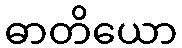
ဓာတိယော